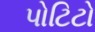
પોટિટો